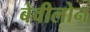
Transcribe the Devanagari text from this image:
बेवीलोन